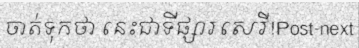
ចាត់ទុកថា នេះជាទីផ្សារសេរី!Post-next